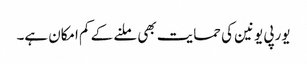
یورپی یونین کی حمایت بھی ملنے کے کم امکان ہے۔